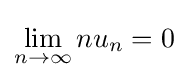
\lim _{n\to \infty }nu_{n}=0